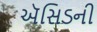
ઍસિડની